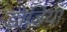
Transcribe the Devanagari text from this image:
डोडिया